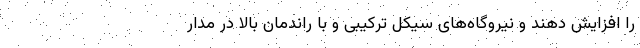
را افزایش دهند و نیروگاه‌های سیکل ترکیبی و با راندمان بالا در مدار